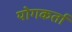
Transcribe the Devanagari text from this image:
योगकर्ता